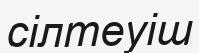
сілтеуіш